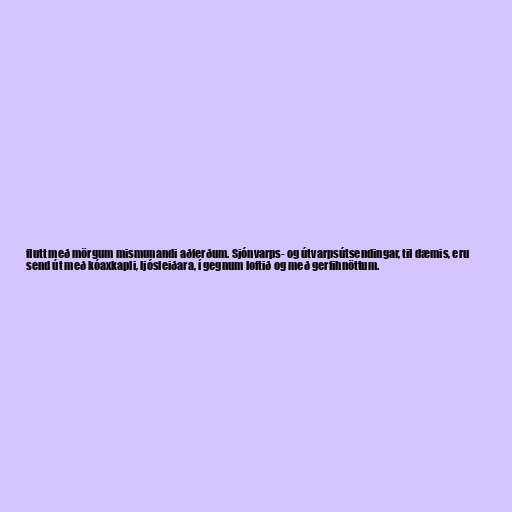
flutt með mörgum mismunandi aðferðum. Sjónvarps- og útvarpsútsendingar, til dæmis, eru
send út með kóaxkapli, ljósleiðara, í gegnum loftið og með gerfihnöttum.